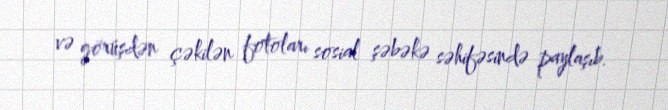
və görüşdən çəkilən fotoları sosial şəbəkə səhifəsində paylaşıb.